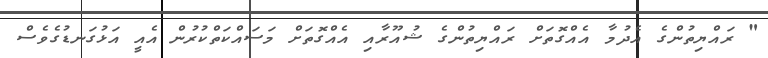
" ރައްޔިތުންގެ އެދުމާ އެއްގޮތަށް ރައްޔިތުންގެ ޝުއޫރާއި އެއްގޮތަށް މަސައްކަތްކުރުން އެއީ އަޅުގަނޑުގެވެސް